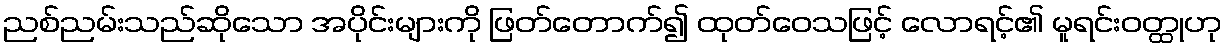
ညစ်ညမ်းသည်ဆိုသော အပိုင်းများကို ဖြတ်တောက်၍ ထုတ်ဝေသဖြင့် လောရင့်၏ မူရင်းဝတ္ထုဟု